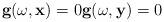
LaTeX: \begin{align*} \mathbf{g}(\omega,\mathbf{x})=0 \mathbf{g}(\omega,\mathbf{y})=0 \end{align*}